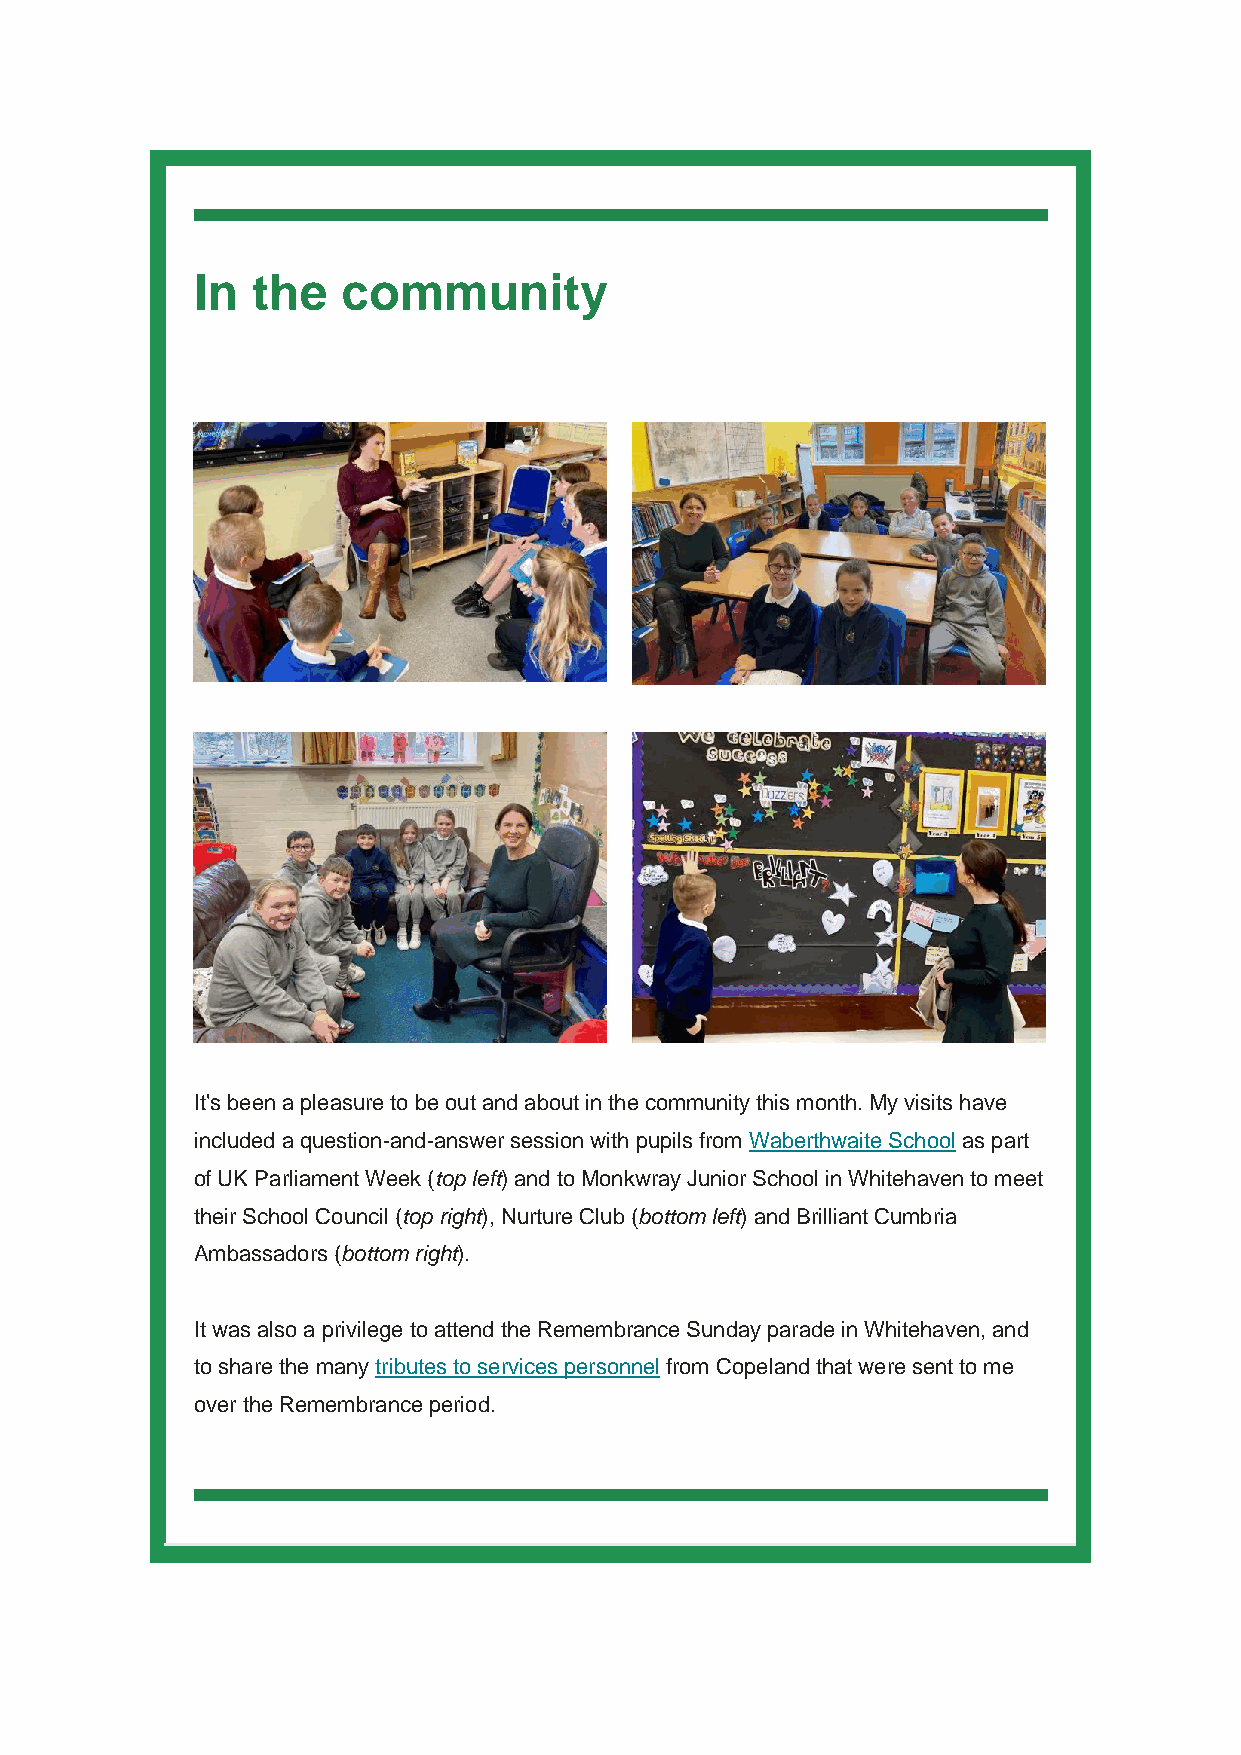
In  the   community
 It's been a pleasure to be out and about in the community this month. My visits have
 included a question-and-answer session with pupils from Waberthwaite School as part
 of UK Parliament Week (top left) and to Monkwray Junior School in Whitehaven to meet
 their School Council (top right), Nurture Club (bottom left) and Brilliant Cumbria
 Ambassadors (bottom right).
 It was also a privilege to attend the Remembrance Sunday parade in Whitehaven, and
 to share the many tributes to services personnel from Copeland that were sent to me
 over the Remembrance period.